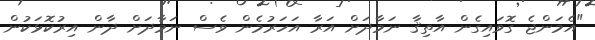
"އެމަންޖެ ގޮވައިގެން އާތިޤާ ނަމާދަށް އަރާ އަހަރުމެން ވެސް ނަމާދަށް ދާން އިރުކޮޅަކުން